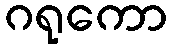
ဂရုကော